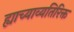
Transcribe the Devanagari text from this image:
ह्याच्याव्यतिरिक्त